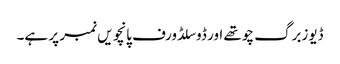
ڈیوزبرگ چوتھے اور ڈوسلڈورف پانچویں نمبر پر ہے۔